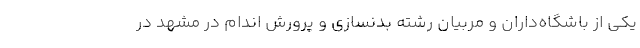
یکی از باشگاه‌داران و مربیان رشته بدنسازی و پرورش اندام در مشهد در